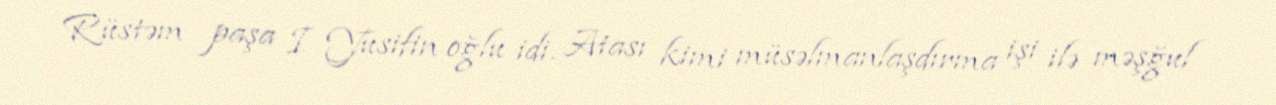
Rüstəm paşa I Yusifin oğlu idi. Atası kimi müsəlmanlaşdırma işi ilə məşğul